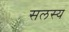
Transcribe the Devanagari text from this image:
सलस्य